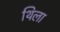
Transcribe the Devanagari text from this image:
थिला